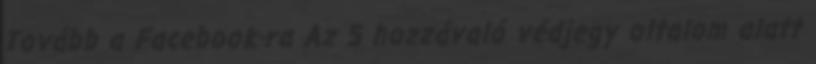
Tovább a Facebook-ra Az 5 hozzávaló védjegy oltalom alatt